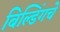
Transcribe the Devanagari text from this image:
बिल्डिंगचे